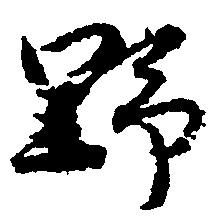
野